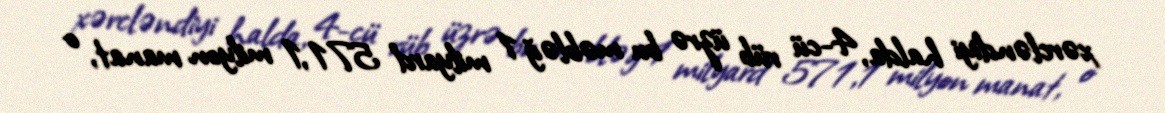
xərcləndiyi halda, 4-cü rüb üzrə bu məbləğ 1 milyard 571,1 milyon manat, o